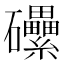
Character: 𥗼